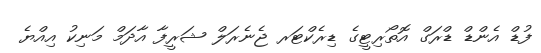
ފުޑް އެންޑް ޑްރަގް އޮތޯރިޓީގެ ޑިރެކްޓަރ ޖެނެރަލް ޝަރީފާ އާދަމް މަނިކު އިއްޔެ